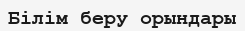
Білім беру орындары